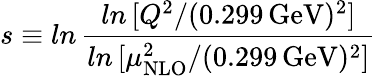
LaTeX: s\equiv ln\, \frac{ln\, [Q^{2}/(0.299\, \mathrm{{GeV}})^{2}]}{ln\, [\mu_{\mathrm{NLO}}^{2}/(0.299\, \mathrm{{GeV}})^{2}]}